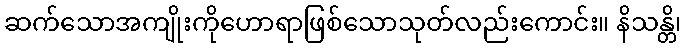
ဆက်သောအကျိုးကိုဟောရာဖြစ်သောသုတ်လည်းကောင်း။ နိသန္တိ၊